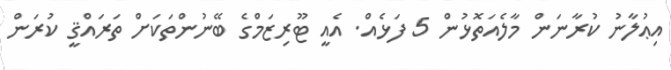
އިޢުލާނު ކުރާނަން މާލެއަތޮޅުން 5 ފަޅެއް. އެއީ ޓޫރިޒަމްގެ ބޭނުންތަކަށް ތަރައްޤީ ކުރަން